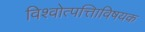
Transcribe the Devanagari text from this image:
विश्वोत्पत्तिाविषयक